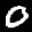
Label: 0